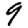
Digit: 9